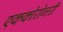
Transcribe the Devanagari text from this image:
एककोरोनरी